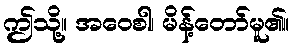
ဤသို့။ အဝေစါ၊ မိန့်တော်မူ၏။